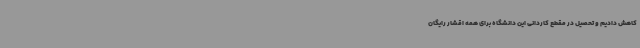
کاهش دادیم و تحصیل در مقطع کاردانی این دانشگاه برای همه اقشار رایگان